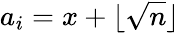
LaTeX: a_{i}=x+\lfloor{\sqrt{n}}\rfloor